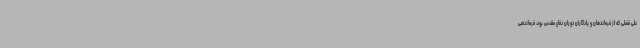
علی فضلی که از فرماندهان و یادگاران دوران دفاع مقدس بود، فرماندهی